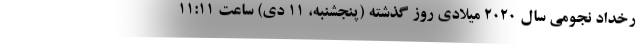
رخداد نجومی سال ۲۰۲۰ میلادی روز گذشته (پنجشنبه، ۱۱ دی) ساعت ۱۱:۱۱